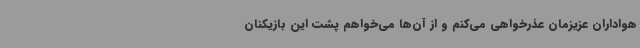
هواداران عزیزمان عذرخواهی می‌کنم و از آن‌ها می‌خواهم پشت این بازیکنان